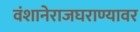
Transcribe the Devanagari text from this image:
वंशानेराजघराण्यावर